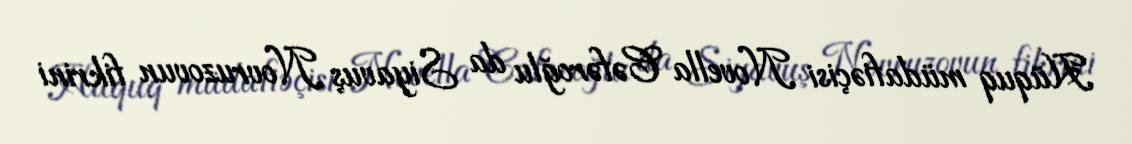
Hüquq müdafiəçisi Novella Cəfəroğlu da Siyavuş Novruzovun fikrini